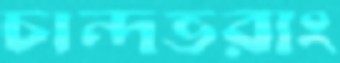
চান্দভরাং